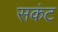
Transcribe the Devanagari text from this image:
सकंट